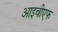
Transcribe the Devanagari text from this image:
आइवीएफ